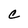
Character: C